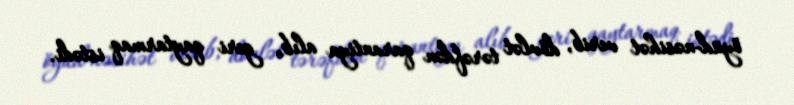
öyüd-nəsihət verib, dövlət tərəfdən qarantiya alıb, geri qaytarmaq istədi.